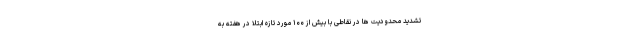
تشدید محدودیت ها در نقاطی با بیش از ۱۰۰ مورد تازه ابتلا در هفته به